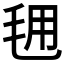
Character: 𭯕